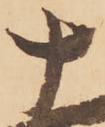
十